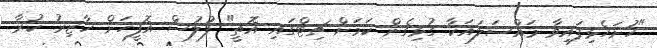
"ހުށަހެޅިފައިވާ މައްސަލައަކާ ގުޅިގެން ކަމަށް ޗިޓްގައި އޮތީ" ފުލުސް އޮފީހަށް ހާޒިރު ކުރާ